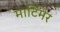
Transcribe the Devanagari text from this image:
मार्टिमेर